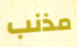
مذنب